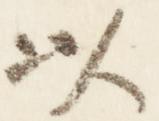
以